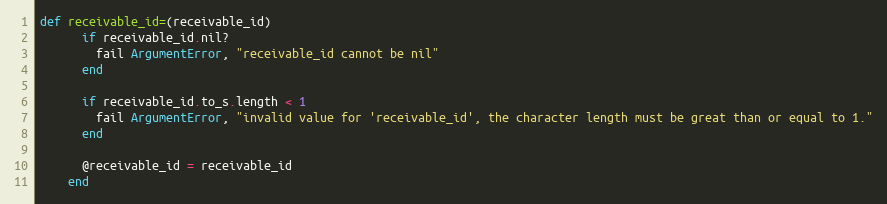
Language: Ruby
def receivable_id=(receivable_id)
      if receivable_id.nil?
        fail ArgumentError, "receivable_id cannot be nil"
      end

      if receivable_id.to_s.length < 1
        fail ArgumentError, "invalid value for 'receivable_id', the character length must be great than or equal to 1."
      end

      @receivable_id = receivable_id
    end